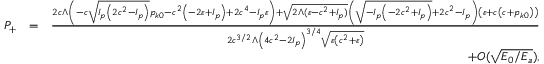
\begin{array} { r l r } { { \cal P } _ { + } } & { = } & { \frac { 2 c \Lambda \left( - c \sqrt { I _ { p } \left( 2 c ^ { 2 } - I _ { p } \right) } p _ { k 0 } - c ^ { 2 } \left( - 2 \varepsilon + I _ { p } \right) + 2 c ^ { 4 } - I _ { p } \varepsilon \right) + \sqrt { 2 \Lambda ( \varepsilon - c ^ { 2 } + I _ { p } ) } \left( \sqrt { - I _ { p } \left( - 2 c ^ { 2 } + I _ { p } \right) } + 2 c ^ { 2 } - I _ { p } \right) \left( \varepsilon + c \left( c + p _ { k 0 } \right) \right) } { 2 c ^ { 3 / 2 } \Lambda \left( 4 c ^ { 2 } - 2 I _ { p } \right) ^ { 3 / 4 } \sqrt { \varepsilon \left( c ^ { 2 } + \varepsilon \right) } } } \\ & { } & { + { \cal O } ( \sqrt { E _ { 0 } / E _ { a } } ) , } \end{array}